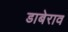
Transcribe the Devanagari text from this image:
डाबेराव